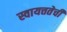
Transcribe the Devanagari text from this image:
स्वायत्ततेची